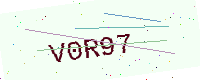
Text: V0R97